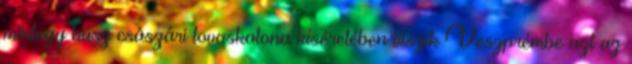
mintegy húsz császári lovaskatona kíséretében viszik Veszprémbe azt az